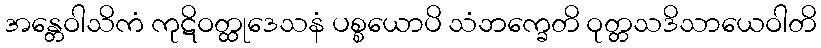
အန္တေဝါသိကံ ကုဋိဝတ္ထုဒေသနံ ပစ္စယောပိ သံဘက္ခေတိ ဝုတ္တသဒိသာယေဝါတိ